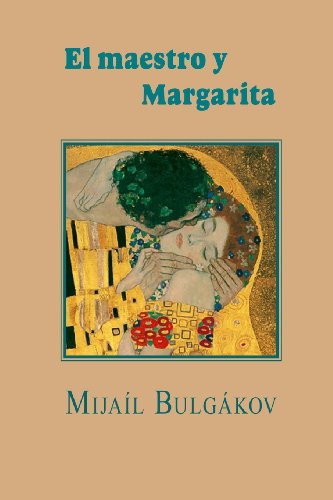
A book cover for El maestro y Margarita (Spanish Edition); MijaÃ­l BulgÃ¡kov; Literature & Fiction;